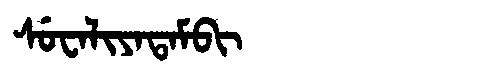
Manchu: ᠰᡠᠸᠠᠯᡳᠶᠠᡨᠠᠮᠪᡳ
Romanization: SUWALIYATAMBI